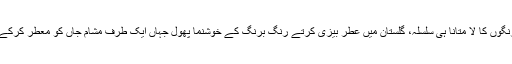
یہ سر سبز وشاداب وادیاں، تالاب میں خوبصورت نیلوفر کا وجود،کھیتوں میں نیلے، پیلے اور لال رنگوں کا لا متانا ہی سلسلہ، گلستان میں عطر بیزی کرتے رنگ برنگ کے خوشنما پھول جہاں ایک طرف مشام جاں کو معطر کرکے فرحت و انبساط کا ساماں پیدا کرتے ہیں وہیں یہ گل خوش رنگ ہماری آنکھوں کو جلا بخشتے ہیں۔